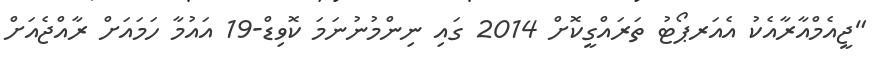
"ޖީއެމްއާރާއެކު އެއަރޕޯޓު ތަރައްގީކޮށް 2014 ގައި ނިންމުނުނަމަ ކޮވިޑް-19 އައުމާ ހަމައަށް ރާއްޖެއަށް